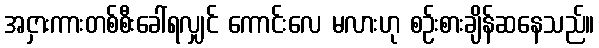
အငှားကားတစ်စီးခေါ်ရလျှင် ကောင်းလေ မလားဟု စဉ်းစားချိန်ဆနေသည်။